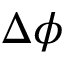
\Delta \phi